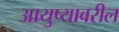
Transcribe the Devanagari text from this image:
आयुष्यावरील